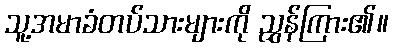
သူ့အမာခံတပ်သားများကို ညွှန်ကြား၏။